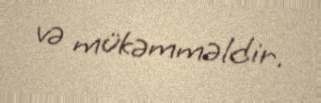
və mükəmməldir.